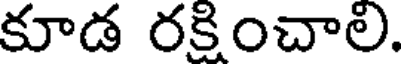
కూడ రక్షించాలి.